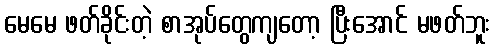
မေမေ ဖတ်ခိုင်းတဲ့ စာအုပ်တွေကျတော့ ပြီးအောင် မဖတ်ဘူး